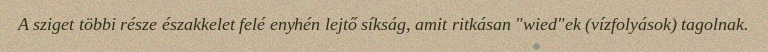
A sziget többi része északkelet felé enyhén lejtő síkság, amit ritkásan "wied"ek (vízfolyások) tagolnak.